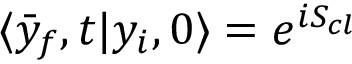
\langle \bar { y } _ { f } , t | y _ { i } , 0 \rangle = e ^ { i S _ { c l } }